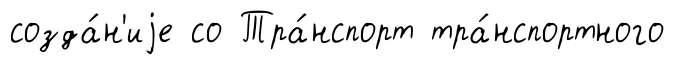
созда́н'иjе со Тра́нспорт тра́нспортного